Mental hospitals Bombay report 1921-28 - 1921-1928
Year: 1921
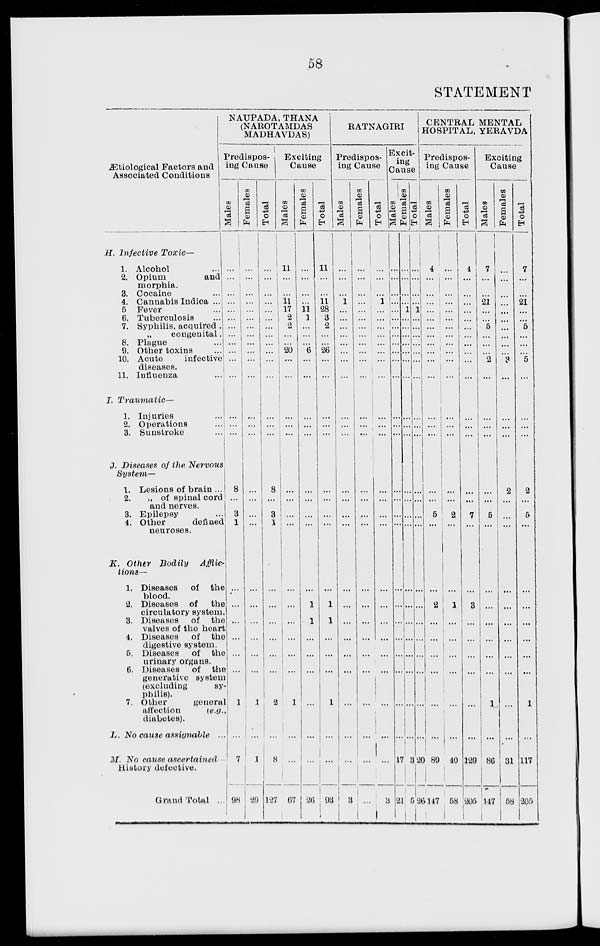
58
STATEMENT
Ætiological Factors and
Associated Conditions
H. Infective
Toxic—
1. Alcohol ...
2. Opium
and
morphia.
3. Cocaine ...
4. Cannabis Indica ...
5 Fever ...
6. Tuberculosis ...
7. Syphilis, acquired.
„
congenital.
8. Plague ...
9. Other toxins
...
10. Acute
infective
diseases.
11. Influenza ...
I.
Traumatic—
1. Injuries
...
2. Operations
...
3. Sunstroke
...
J. Diseases of the Nervous
System—
1. Lesions of brain ...
2.
„ of spinal cord
and nerves.
3. Epilepsy ...
4. Other
defined
neuroses.
K. Other Bodily
Afflic-
tions—
1. Diseases
of the
blood.
2. Diseases of the
circulatory system.
3. Diseases of the
valves of the heart
4. Diseases
of the
digestive system.
5. Diseases
of the
urinary organs.
6. Diseases
of the
generative system
(excluding
sy-
philis).
7. Other
general
affection
(e.g.,
diabetes).
L. No cause assignable ...
M. No cause ascertained
History defective.
Grand Total ...
NAUPADA, THANA
(NAROTAMDAS
MADHAVDAS)
Predispos¬
ing Cause
Males
...
...
...
...
...
...
...
...
...
...
...
...
...
...
...
8
...
3
1
...
...
...
...
...
...
1
...
7
98
Females
...
...
...
...
...
...
...
...
...
...
...
...
...
...
...
...
...
...
...
...
...
...
...
...
...
1
...
1
29
Total
...
...
...
...
...
...
...
...
...
...
...
...
...
...
...
8
...
3
1
...
...
...
...
...
...
2
...
8
127
Exciting
Cause
Males
11
...
...
11
17
2
2
...
...
20
...
...
...
...
...
...
...
...
...
...
...
...
...
...
...
1
...
...
67
Females
...
...
...
...
11
1
...
...
...
6
...
...
...
...
...
...
...
...
...
...
1
1
...
...
...
...
...
...
26
Total
11
...
...
11
28
3
2
...
...
26
...
...
...
...
...
...
...
...
...
...
1
1
...
...
...
1
...
...
93
RATNAGIRI
Predispos-
ing Cause
Males
...
...
...
1
...
...
...
...
...
...
...
...
...
...
...
...
...
...
...
...
...
...
...
...
1
...
...
...
3
Females
...
...
...
...
...
...
...
...
...
...
...
...
...
...
...
...
...
...
...
...
...
...
...
...
...
...
...
...
...
Total
...
...
...
1
...
...
...
...
...
...
...
...
...
...
...
...
...
...
...
...
...
...
...
...
...
...
...
...
3
Excit¬
ing
Cause
Males
...
...
...
...
...
...
...
...
...
...
...
...
...
...
...
...
...
...
...
...
...
...
...
...
...
...
...
17
21
Females
...
...
...
...
1
...
...
...
...
...
...
...
...
...
...
...
...
...
...
...
...
...
...
...
...
...
...
3
5
Total
...
...
...
...
1
...
...
...
...
...
...
...
...
...
...
...
...
...
...
...
...
...
...
...
...
...
...
20
26
CENTRAL MENTAL
HOSPITAL, YERAVDA
Predispos-
ing Cause
Males
4
...
...
... ...
...
...
...
...
...
...
...
...
...
...
...
...
5
...
...
2
...
...
...
...
...
...
89
147
Females
...
...
...
...
...
...
...
...
...
...
...
...
...
...
...
...
...
2
...
...
1
...
...
...
...
...
...
40
58
Total
4
...
...
...
...
...
...
...
...
...
...
...
...
...
...
...
...
7
...
...
3
...
...
...
...
...
...
129
205
Exciting
Cause
Males
7
...
...
21
...
...
5
...
...
...
2
...
...
...
...
...
...
5
...
...
...
...
...
...
...
1
...
86
147
Females
...
...
...
...
...
...
...
...
...
...
3
...
...
...
...
2
...
...
...
...
...
...
...
...
...
...
...
31
58
Total
7
...
...
21
...
...
5
...
...
...
5
...
...
...
...
2
...
5
...
...
...
...
...
...
...
1
...
117
205